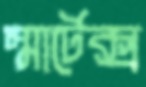
স্মার্টেক্স